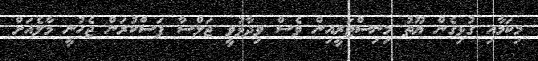
މިކަމާއި ގުޅިގެން ޔޫތު މިނިސްޓަރީއިން ވެސް ވިދާޅުވީ ޖަލްސާ ފަސްކުރަން ޖެހުނީ މާލެއަށް